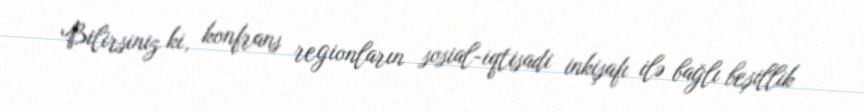
Bilirsiniz ki, konfrans regionların sosial-iqtisadi inkişafı ilə bağlı beşillik